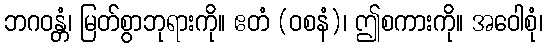
ဘဂဝန္တံ၊ မြတ်စွာဘုရားကို။ ဧတံ (ဝစနံ)၊ ဤစကားကို။ အဝေါစုံ၊